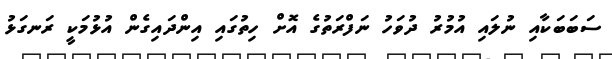
ސަބަބަކާއި ނުލައި އުމުރު ދުވަހު ނަފްރަތުގެ އޮށް ހިތުގައި އިންދައިގެން އުޅުމަކީ ރަނގަޅު